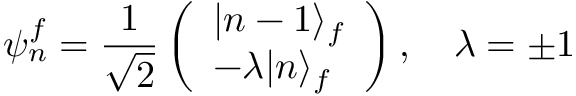
\psi _ { n } ^ { f } = \frac { 1 } { \sqrt { 2 } } \left( \begin{array} { l } { | n - 1 \rangle _ { f } } \\ { - \lambda | n \rangle _ { f } } \end{array} \right) , \quad \lambda = \pm 1